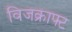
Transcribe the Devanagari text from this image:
विजक्राफ्ट